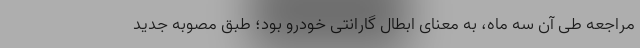
مراجعه طی آن سه ماه، به معنای ابطال گارانتی خودرو بود؛ طبق مصوبه جدید